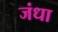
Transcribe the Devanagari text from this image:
जंधा